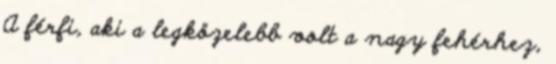
A férfi, aki a legközelebb volt a nagy fehérhez,